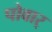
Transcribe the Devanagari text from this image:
पोवार्